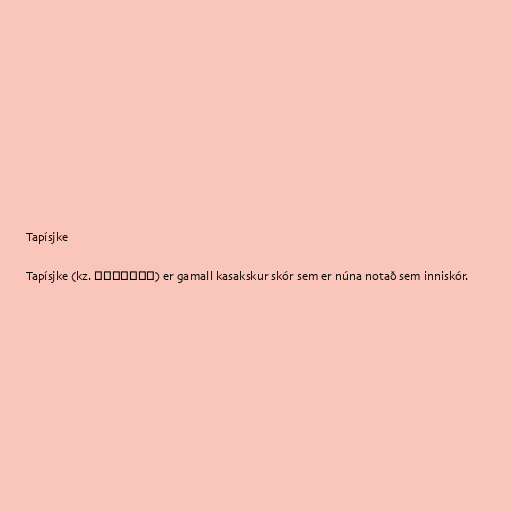
Tapísjke

Tapísjke (kz. тәпішке) er gamall kasakskur skór sem er núna notað sem inniskór.